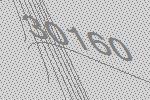
30160